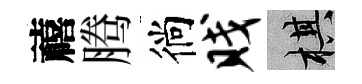
禧腾徜贱棋